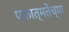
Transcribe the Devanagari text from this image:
एकात्मतेच्या